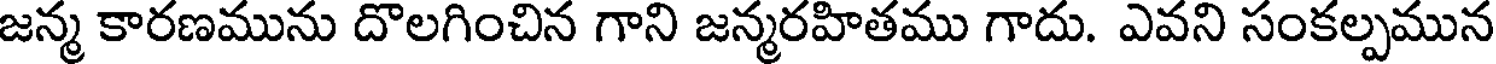
జన్మ కారణమును దొలగించిన గాని జన్మరహితము గాదు. ఎవని సంకల్పమున